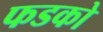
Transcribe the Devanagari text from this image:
फडको